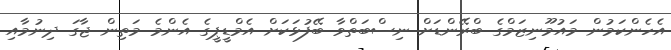
އެހެންކަމުން މައުމޫނިޒަމްގެ ބްރޭންޑަށް ނިސްބަތްވާ ބޭފުޅަކަށް އެމްޑީޕީގެ އެންމެ މަތިން ޖާގަ ދިނުމާއި